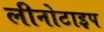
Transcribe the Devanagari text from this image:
लीनोटाइप